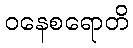
ဝနေစရောတိ